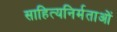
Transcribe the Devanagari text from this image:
साहित्यनिर्मताओं